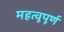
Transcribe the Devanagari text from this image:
महत्वूपूर्ण